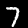
Digit: 7